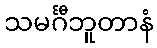
သမင်္ဂီဘူတာနံ